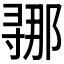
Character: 𫴲